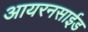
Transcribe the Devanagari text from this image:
आयरनसाईड